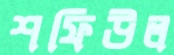
শফিউল